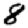
Digit: 8